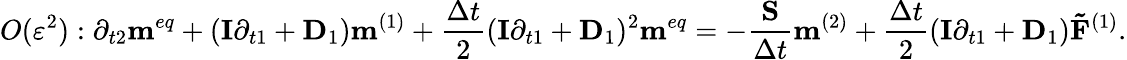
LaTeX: O({\varepsilon^{2}}):{\partial_{t2}}{{\mathbf{m}}^{eq}}+({\mathbf{I}}{\partial_{t1}}+{{\mathbf{D}}_{1}}){{\mathbf{m}}^{(1)}}+\frac{{\Delta t}}{2}{({\mathbf{I}}{\partial_{t1}}+{{\mathbf{D}}_{1}})^{2}}{{\mathbf{m}}^{eq}}=-\frac{{\mathbf{S}}}{{\Delta t}}{{\mathbf{m}}^{(2)}}+\frac{{\Delta t}}{2}({\mathbf{I}}{\partial_{t1}}+{{\mathbf{D}}_{1}}){{{\mathbf{\tilde{F}}}}^{(1)}}.